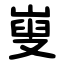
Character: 㟬